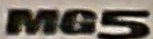
MG5